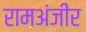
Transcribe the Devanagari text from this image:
रामअंजीर